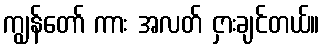
ကျွန်တော် ကား အလတ် ငှားချင်တယ်။